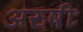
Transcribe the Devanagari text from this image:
अरुषीः